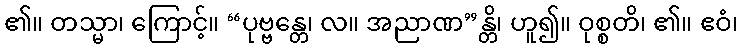
၏။ တသ္မာ၊ ကြောင့်။ “ပုဗ္ဗန္တေ၊ လ။ အညာဏ”န္တိ၊ ဟူ၍။ ဝုစ္စတိ၊ ၏။ ဧဝံ၊